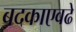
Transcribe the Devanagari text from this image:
बदकाएवढे